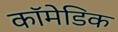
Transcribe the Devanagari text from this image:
कॉमेडिक